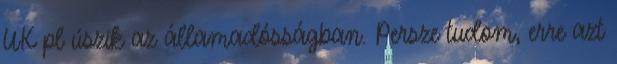
UK pl úszik az államadósságban. Persze tudom, erre azt